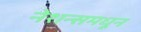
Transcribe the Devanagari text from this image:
नेशन्समधून